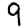
Digit: 9